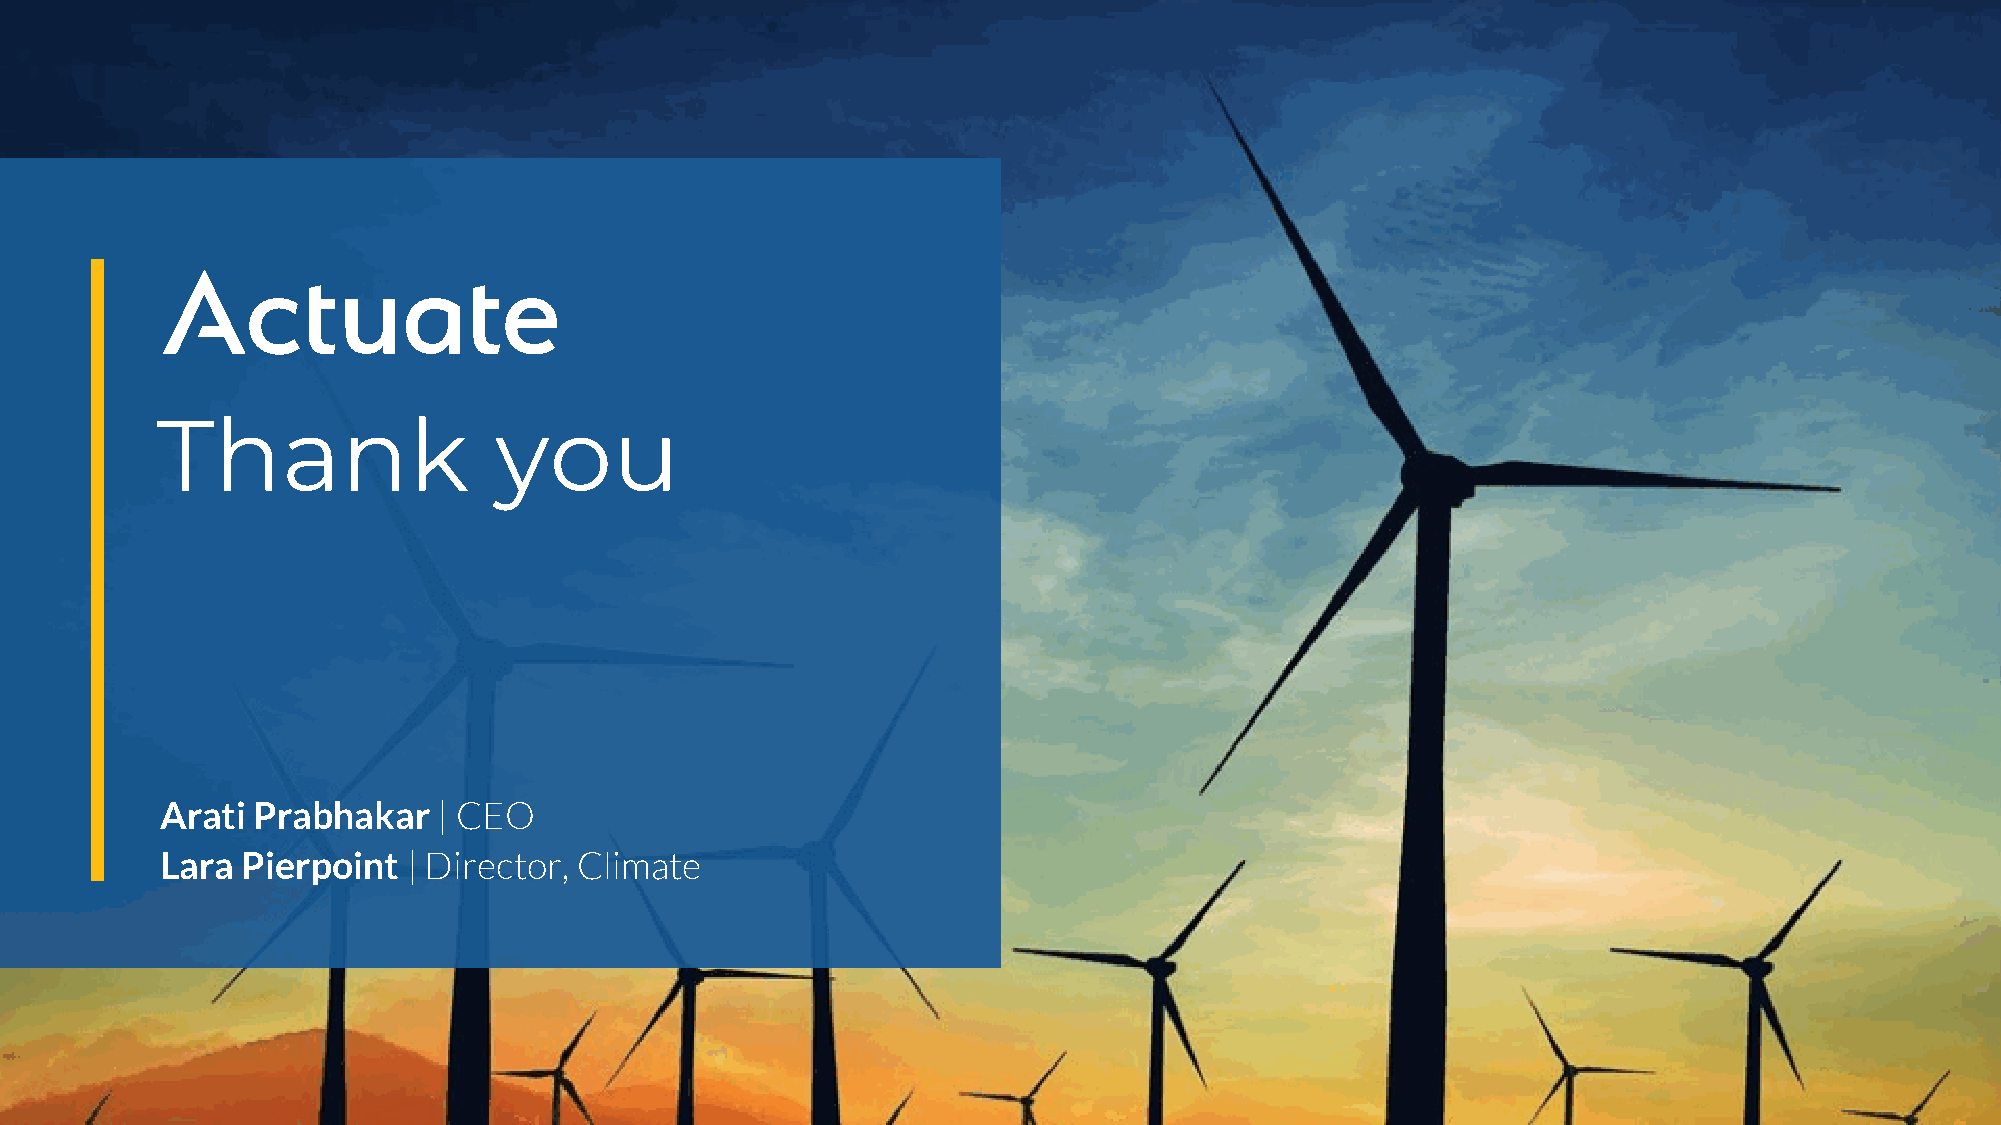
Thank                  you
 Arati Prabhakar   | CEO
 Lara Pierpoint  | Director, Climate